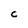
Character: C